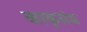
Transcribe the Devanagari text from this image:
काकूसंध